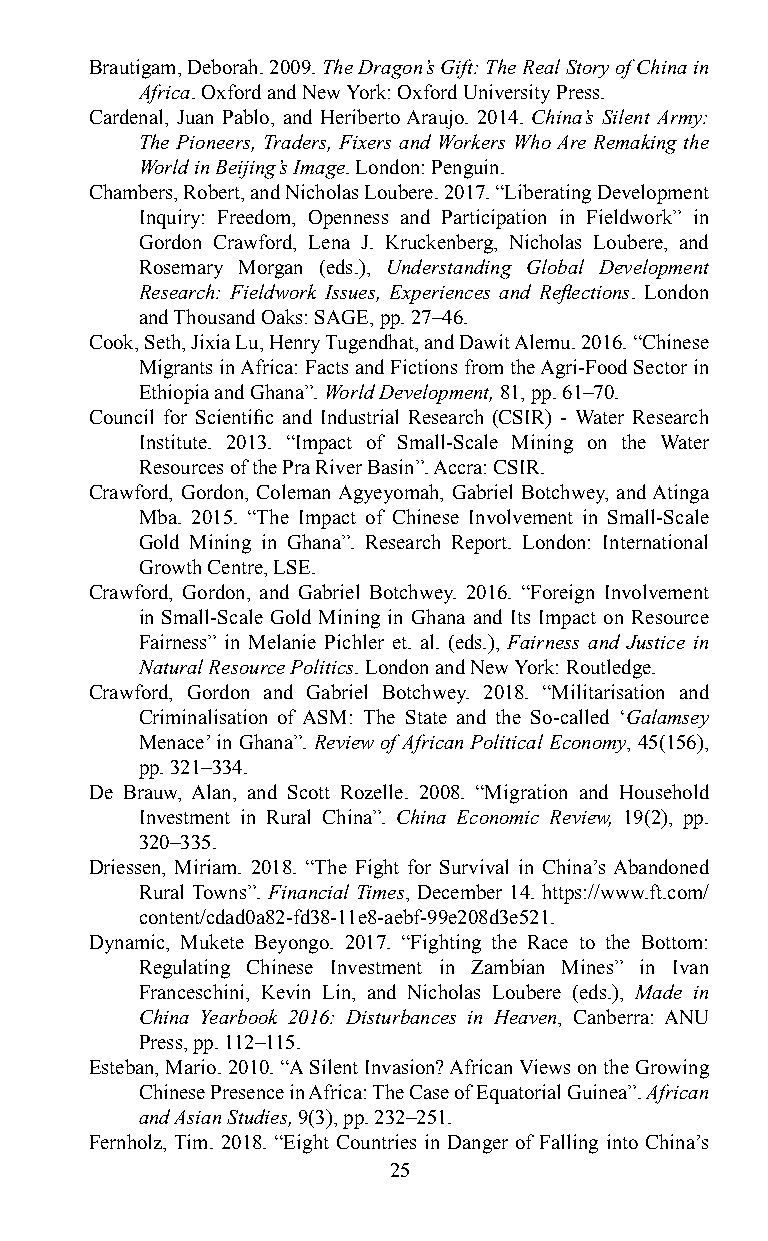
Brautigam, Deborah. 2009. The Dragon’s Gift: The Real Story of China in
 Africa. Oxford and New York: Oxford University Press.
 Cardenal, Juan Pablo, and Heriberto Araujo. 2014. China’s Silent Army:
 The Pioneers, Traders, Fixers and Workers Who Are Remaking the
 World in Beijing’s Image. London: Penguin.
 Chambers, Robert, and Nicholas Loubere. 2017. “Liberating Development
 Inquiry: Freedom, Openness and Participation in Fieldwork” in
 Gordon Crawford, Lena J. Kruckenberg, Nicholas Loubere, and
 Rosemary Morgan (eds.), Understanding Global Development
 Research: Fieldwork Issues, Experiences and Reflections. London
 and Thousand Oaks: SAGE, pp. 27–46.
 Cook, Seth, Jixia Lu, Henry Tugendhat, and Dawit Alemu. 2016. “Chinese
 Migrants in Africa: Facts and Fictions from the Agri-Food Sector in
 Ethiopia and Ghana”. World Development, 81, pp. 61–70.
 Council for Scientific and Industrial Research (CSIR) - Water Research
 Institute. 2013. “Impact of Small-Scale Mining on the Water
 Resources of the Pra River Basin”. Accra: CSIR.
 Crawford, Gordon, Coleman Agyeyomah, Gabriel Botchwey, and Atinga
 Mba. 2015. “The Impact of Chinese Involvement in Small-Scale
 Gold Mining in Ghana”. Research Report. London: International
 Growth Centre, LSE.
 Crawford, Gordon, and Gabriel Botchwey. 2016. “Foreign Involvement
 in Small-Scale Gold Mining in Ghana and Its Impact on Resource
 Fairness” in Melanie Pichler et. al. (eds.), Fairness and Justice in
 Natural Resource Politics. London and New York: Routledge.
 Crawford, Gordon and Gabriel Botchwey. 2018. “Militarisation and
 Criminalisation of ASM: The State and the So-called ‘Galamsey
 Menace’ in Ghana”. Review of African Political Economy, 45(156),
 pp. 321–334.
 De Brauw, Alan, and Scott Rozelle. 2008. “Migration and Household
 Investment in Rural China”. China Economic Review, 19(2), pp.
 320–335.
 Driessen, Miriam. 2018. “The Fight for Survival in China’s Abandoned
 Rural Towns”. Financial Times, December 14. https://www.ft.com/
 content/cdad0a82-fd38-11e8-aebf-99e208d3e521.
 Dynamic, Mukete Beyongo. 2017. “Fighting the Race to the Bottom:
 Regulating Chinese Investment in Zambian Mines” in Ivan
 Franceschini, Kevin Lin, and Nicholas Loubere (eds.), Made in
 China Yearbook 2016: Disturbances in Heaven, Canberra: ANU
 Press, pp. 112–115.
 Esteban, Mario. 2010. “A Silent Invasion? African Views on the Growing
 Chinese Presence in Africa: The Case of Equatorial Guinea”. African
 and Asian Studies, 9(3), pp. 232–251.
 Fernholz, Tim. 2018. “Eight Countries in Danger of Falling into China’s
 25